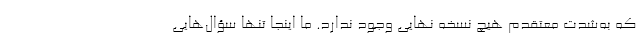
که به‌شدت معتقدم هیچ نسخه نهایی وجود ندارد. ما اینجا تنها سؤال‌هایی